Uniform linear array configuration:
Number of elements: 12
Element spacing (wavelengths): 0.5
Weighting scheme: kaiser
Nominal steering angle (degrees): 45
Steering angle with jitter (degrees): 46.656
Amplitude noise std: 0.05
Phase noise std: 0.05

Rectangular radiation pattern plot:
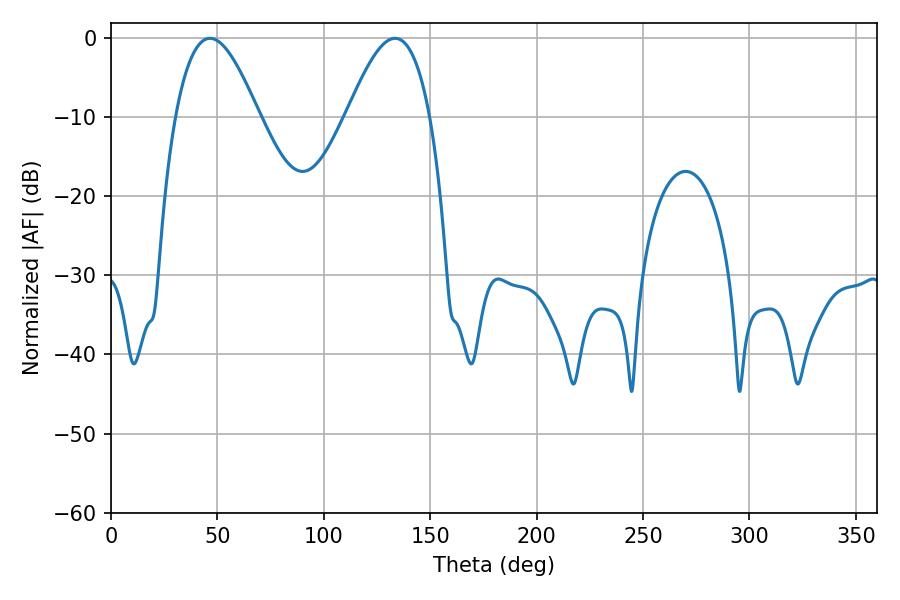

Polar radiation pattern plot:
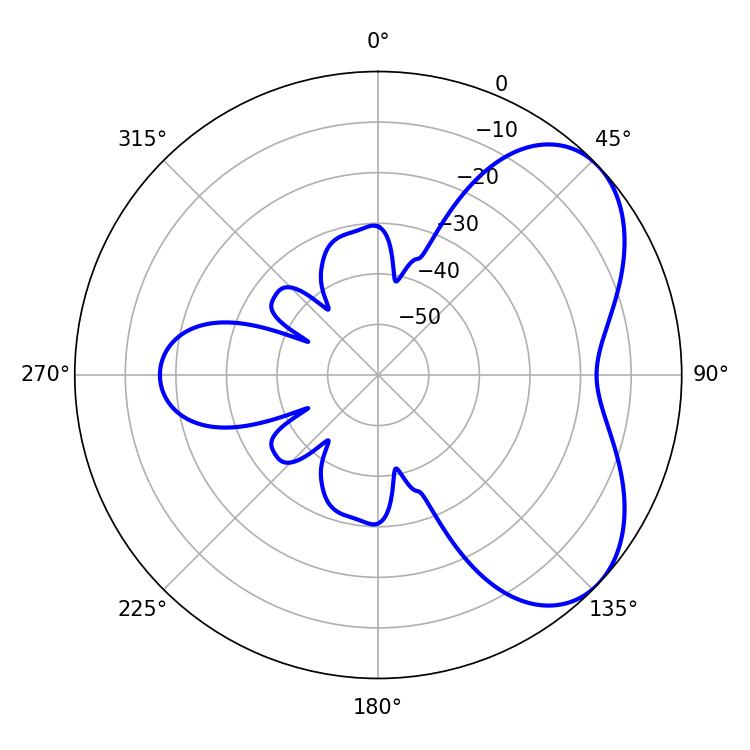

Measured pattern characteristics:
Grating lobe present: FALSE
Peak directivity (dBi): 5.219
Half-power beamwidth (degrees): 21.24
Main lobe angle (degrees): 46.44